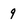
Character: 9